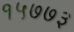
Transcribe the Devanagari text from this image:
१५७७३